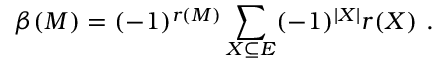
\beta ( M ) = ( - 1 ) ^ { r ( M ) } \sum _ { X \subseteq E } ( - 1 ) ^ { | X | } r ( X ) \ .